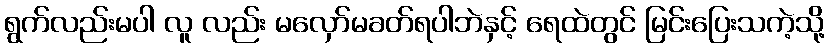
ရွက်လည်းမပါ လူ လည်း မလှော်မခတ်ရပါဘဲနှင့် ရေထဲတွင် မြင်းပြေးသကဲ့သို့